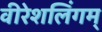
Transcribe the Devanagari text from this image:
वीरेशलिंगम्